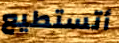
أتستطيع